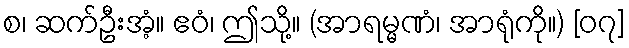
စ၊ ဆက်ဦးအံ့။ ဧဝံ၊ ဤသို့။ (အာရမ္မဏံ၊ အာရုံကို။) [၀၇]